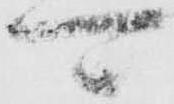
可